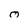
Character: o